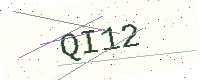
Text: QI12